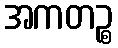
အကတဉ္စ